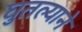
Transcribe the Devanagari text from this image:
घुतल्याने